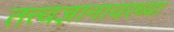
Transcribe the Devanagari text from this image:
तत्त्वज्ञानावरच्या